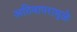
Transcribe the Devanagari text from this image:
अतिवापरामुळे